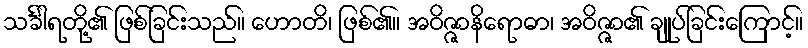
သင်္ခါရတို့၏ ဖြစ်ခြင်းသည်။ ဟောတိ၊ ဖြစ်၏။ အဝိဇ္ဇာနိရောဓာ၊ အဝိဇ္ဇာ၏ ချုပ်ခြင်းကြောင့်။